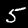
Digit: 5